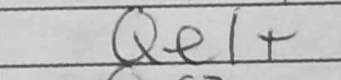
Transcription: Qe11+